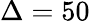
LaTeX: \Delta=50